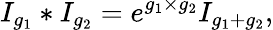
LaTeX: I_{g_{1}}\ast I_{g_{2}}=e^{g_{1}\times g_{2}}I_{g_{1}+g_{2}},